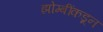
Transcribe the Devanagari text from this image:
झोम्बींकडून